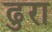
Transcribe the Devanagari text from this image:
ढुरा